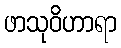
ဖာသုဝိဟာရာ